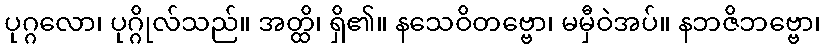
ပုဂ္ဂလော၊ ပုဂ္ဂိုလ်သည်။ အတ္ထိ၊ ရှိ၏။ နသေဝိတဗ္ဗော၊ မမှီဝဲအပ်။ နဘဇိဘဗ္ဗော၊